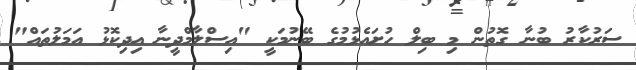
ސަރުކާރު ބުނާ ގޮތުން މި ބިލް ހުށައެޅުމުގެ ބޭނުމަކީ "އިސްލާމްދީނާ އިދިކޮޅު އަމަލުތައް"